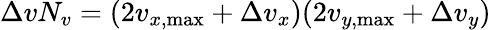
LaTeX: \Delta vN_{v}=(2v_{x,\operatorname*{max}}+\Delta v_{x})(2v_{y,\operatorname*{max}}+\Delta v_{y})